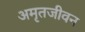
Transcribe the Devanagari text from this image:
अमृतजीवन